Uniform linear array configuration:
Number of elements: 12
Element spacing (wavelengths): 0.5
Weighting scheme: cosine
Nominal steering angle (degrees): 0
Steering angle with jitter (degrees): -1.67
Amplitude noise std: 0.05
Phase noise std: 0.05

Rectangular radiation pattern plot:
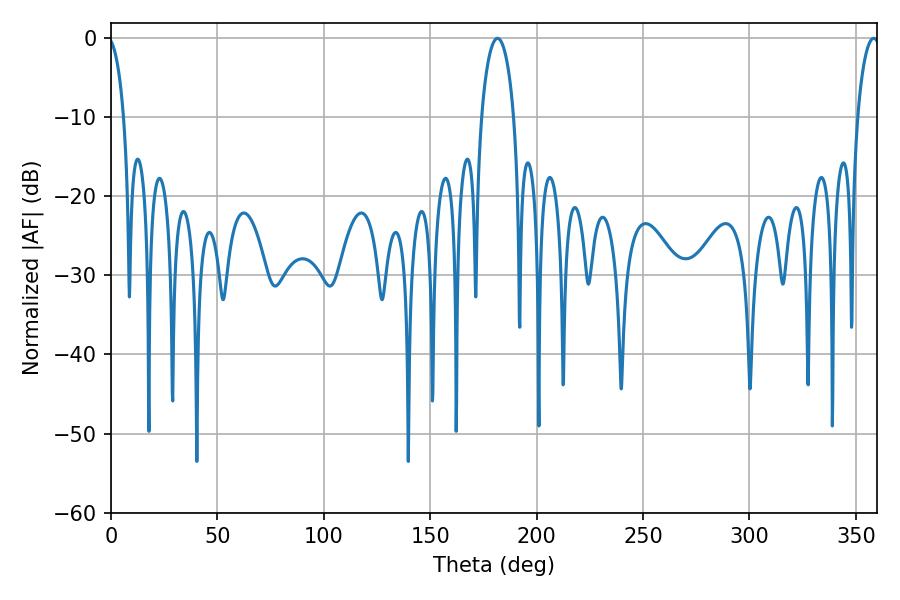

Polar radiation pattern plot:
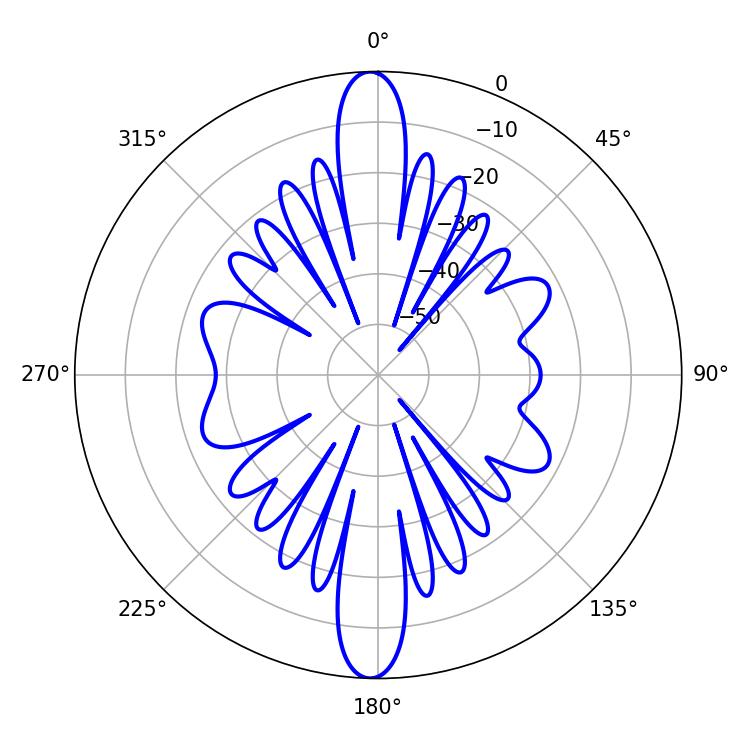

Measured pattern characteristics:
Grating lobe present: FALSE
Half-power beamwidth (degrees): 8.64
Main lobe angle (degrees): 181.62